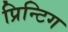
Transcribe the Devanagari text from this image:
प्रिन्टिग